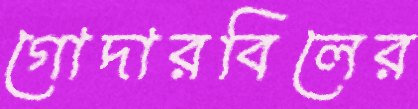
গোদারবিলের